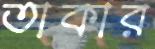
তাকার